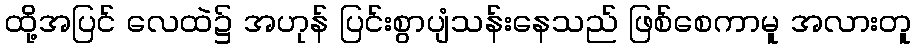
ထို့အပြင် လေထဲ၌ အဟုန် ပြင်းစွာပျံသန်းနေသည် ဖြစ်စေကာမူ အလားတူ